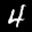
Label: 4